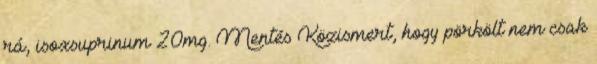
rá, isoxsuprinum 20mg. Mentés Közismert, hogy pörkölt nem csak